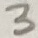
Text: 3